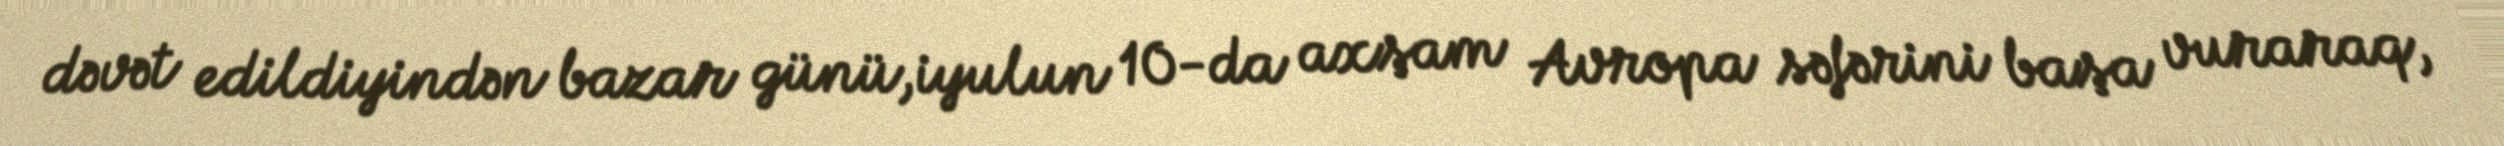
dəvət edildiyindən bazar günü,iyulun 10-da axşam Avropa səfərini başa vuraraq,